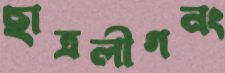
ছাত্রলীগনং